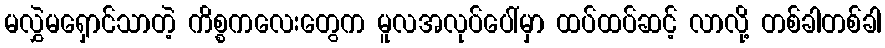
မလွှဲမရှောင်သာတဲ့ ကိစ္စကလေးတွေက မူလအလုပ်ပေါ်မှာ ထပ်ထပ်ဆင့် လာလို့ တစ်ခါတစ်ခါ